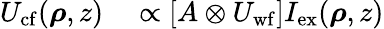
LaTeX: \begin{array}{rl}{U_{\mathrm{cf}}(\boldsymbol{\rho},z)}&{{}\propto\left[A\otimes U_{\mathrm{wf}}\right]I_{\mathrm{ex}}(\boldsymbol{\rho},z)}\end{array}